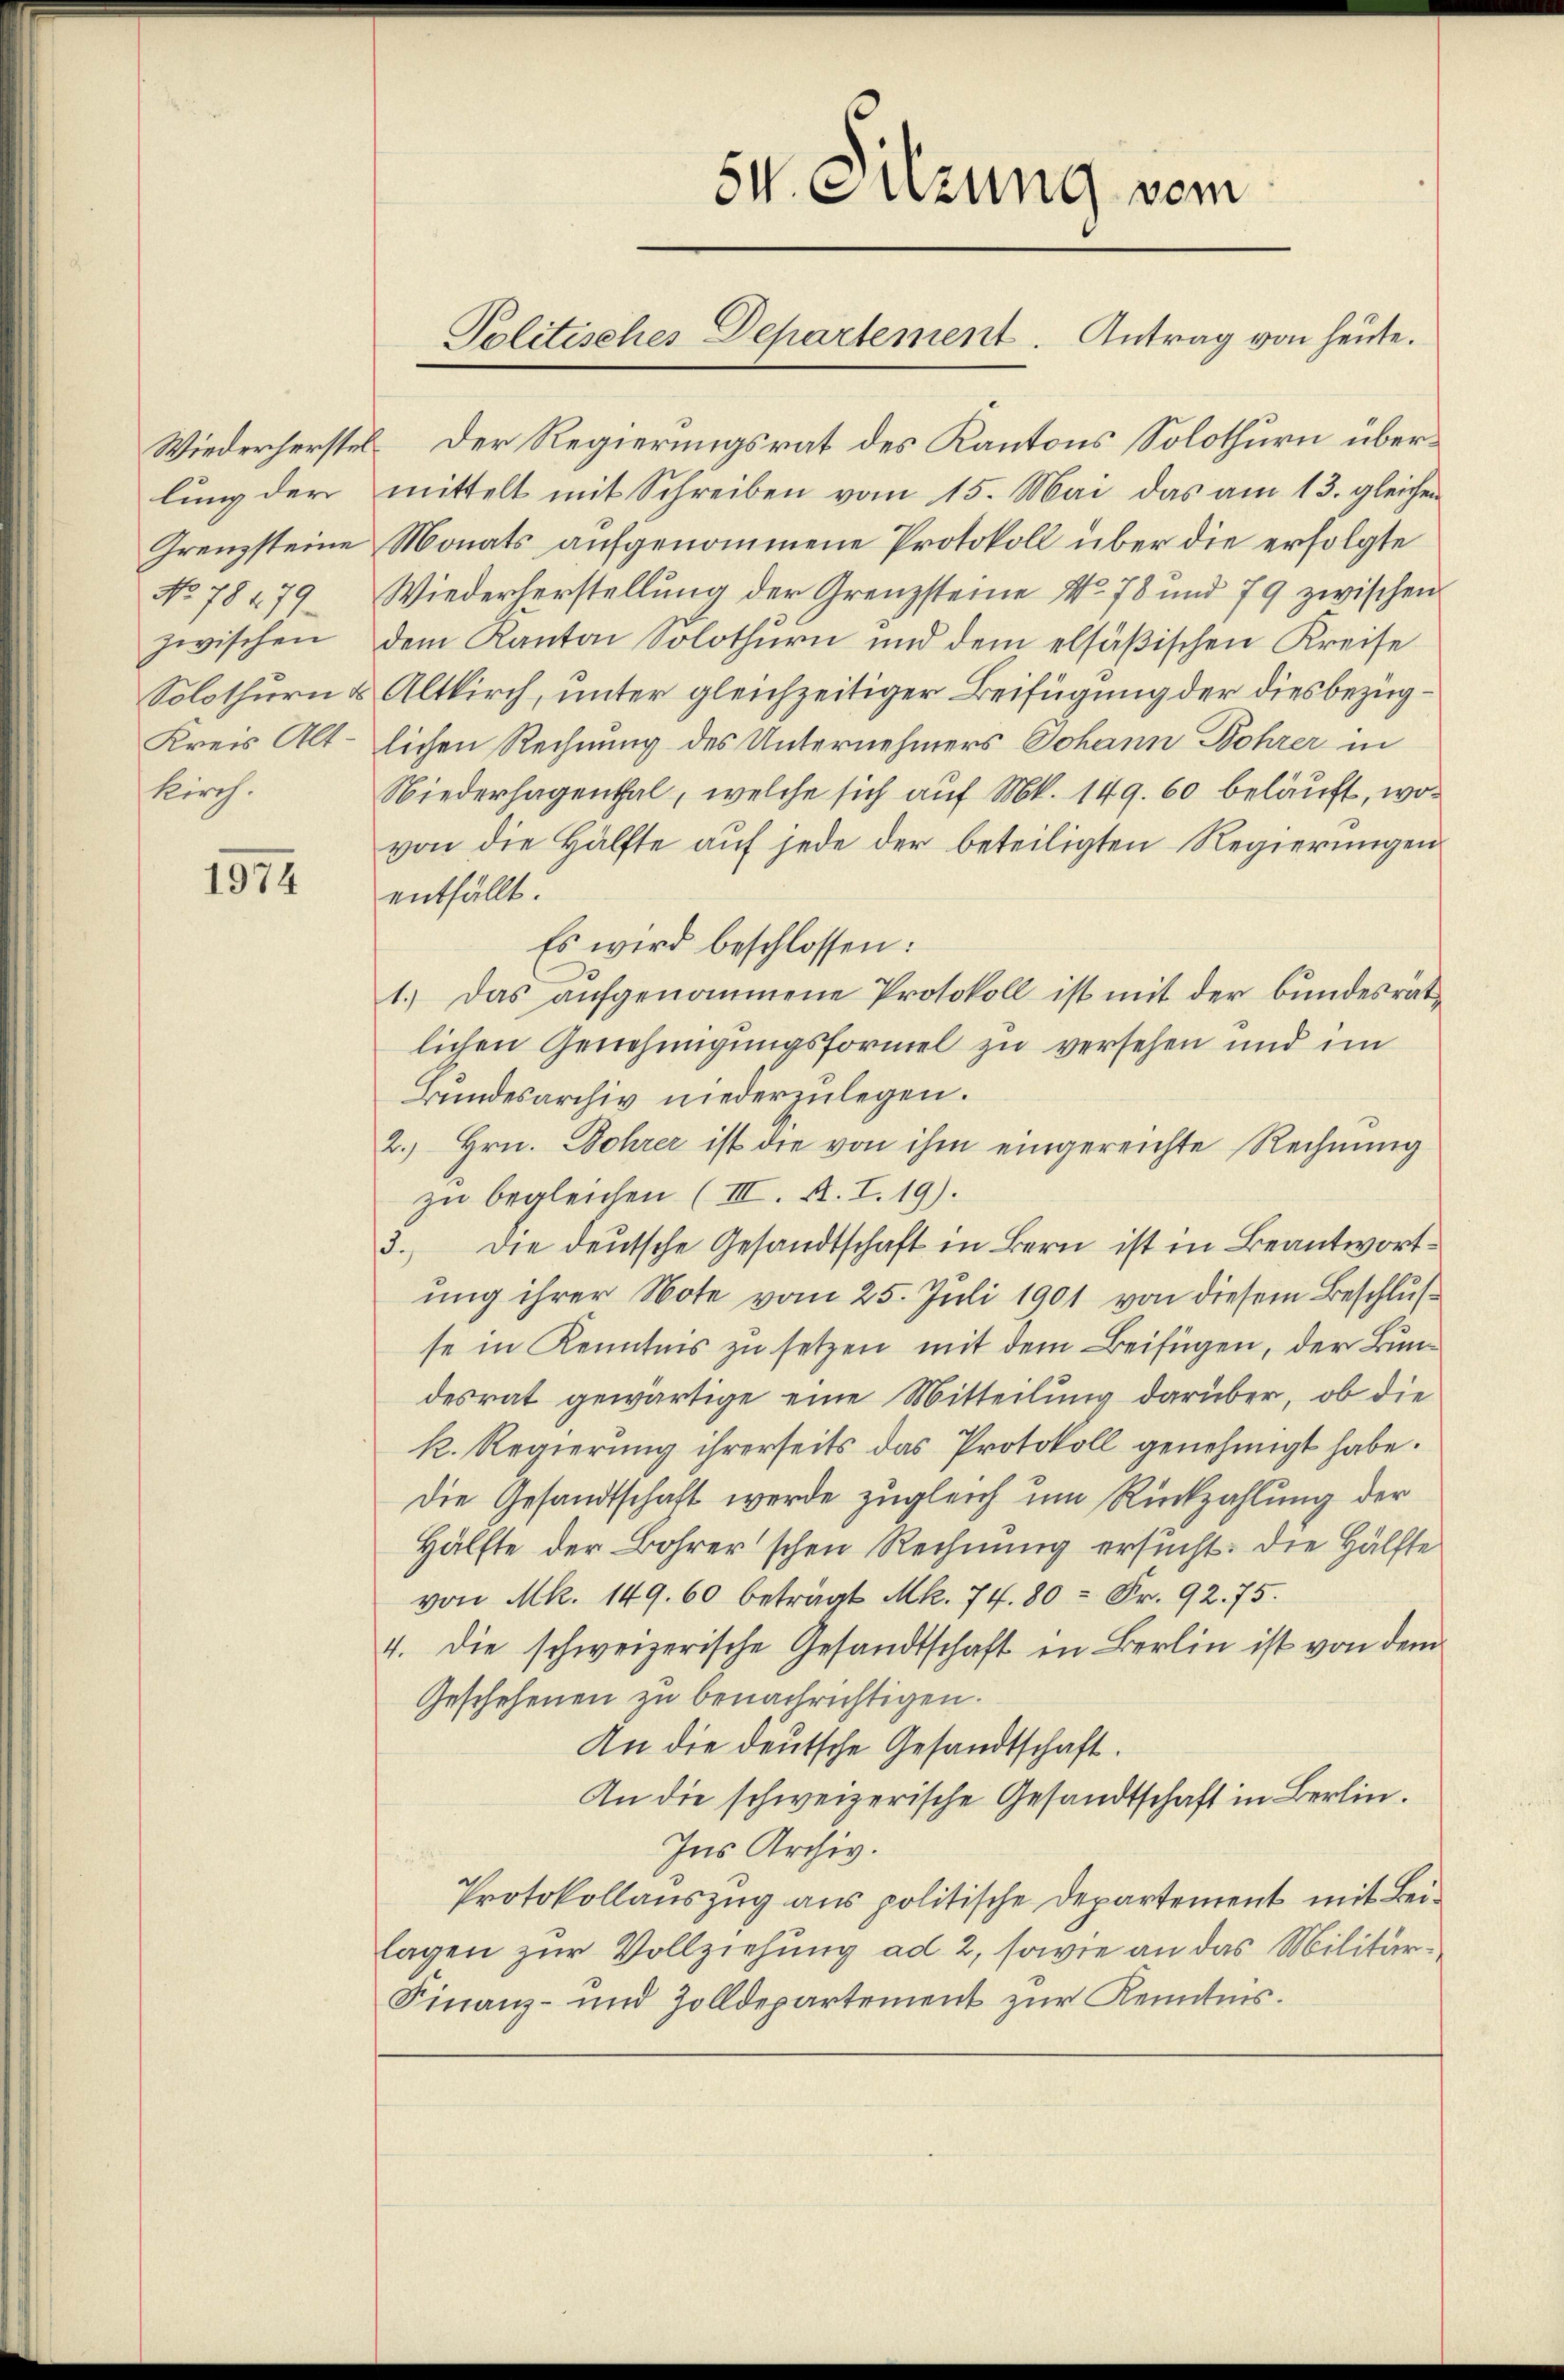
Wiederherstel
lung der
Grenzsteine
No 78479. 6
zwischen
Solothurn d
Kreis Alt-
Kirch.

1974

e

Der Regierungsrat des Kantons Solothurn übermittelt mit Schreiben vom 15. Mai das am 13. gleichen
Monats aufgenommene Protokoll über die erfolgte
Wiederherstellung der Grenzsteine No 78 und 79 zwischen
ein Kanton Solothurn und dem elsäβischen Kreise
Altkirch, unter gleichzeitiger Beifügung der diesbezuglichen Rechnung des Unternehmers Johann Bohrer in
Niederhagenthal, welche sich auf Mk. 149. 60 beläuft, wovon die Hälfte aŭf jede der beteiligten Regierŭngen
entfällt.
Es wird beschlossen:
1.) Das aufgenommene Protokoll ist mit der bundesratlichen Genehmigungsformel zu versehen und im
Bundesarchiv niederzulegen.
2.) Hrn. Bohrer ist die von ihm eingereichte Rechnung
zu begleichen (III. A. I. 19).
 die deutsche Gesandtschaft in Bern ist in Beantwortung ihrer Note vom 25. Juli 1901 von diesem Beschlusse in Kenntnis zu setzen mit dem Beifügen, der Bundesrat gewärtige eine Mitteilung darüber, ob die
k. Regierung ihrerseits das Protokoll genehmigt habe.
Die Gesandtschaft werde zugleich um Rückzahlung der
Hälfte der Bohrer'schen Rechnung ersucht. Die Hälfte
von Mk. 149. 60 beträgt Mk. 74. 80 = Fr. 92. 75.
4. Die schweizerische Gesandtschaft in Berlin ist von dem
Geschehenen zu benachrichtigen.
An die deutsche Gesandtschaft.
An die schweizerische Gesandtschaft in Berlin.
Ins Archiv.
Protokollauszug aus politische Departement mit Beiagen zur Vollziehung ad 2, sowie an das Militär¬
Finanz- und Zolldepartement zur Kenntnis.

SV. Setzung vom
Politisches Departement. Antrag von heute.